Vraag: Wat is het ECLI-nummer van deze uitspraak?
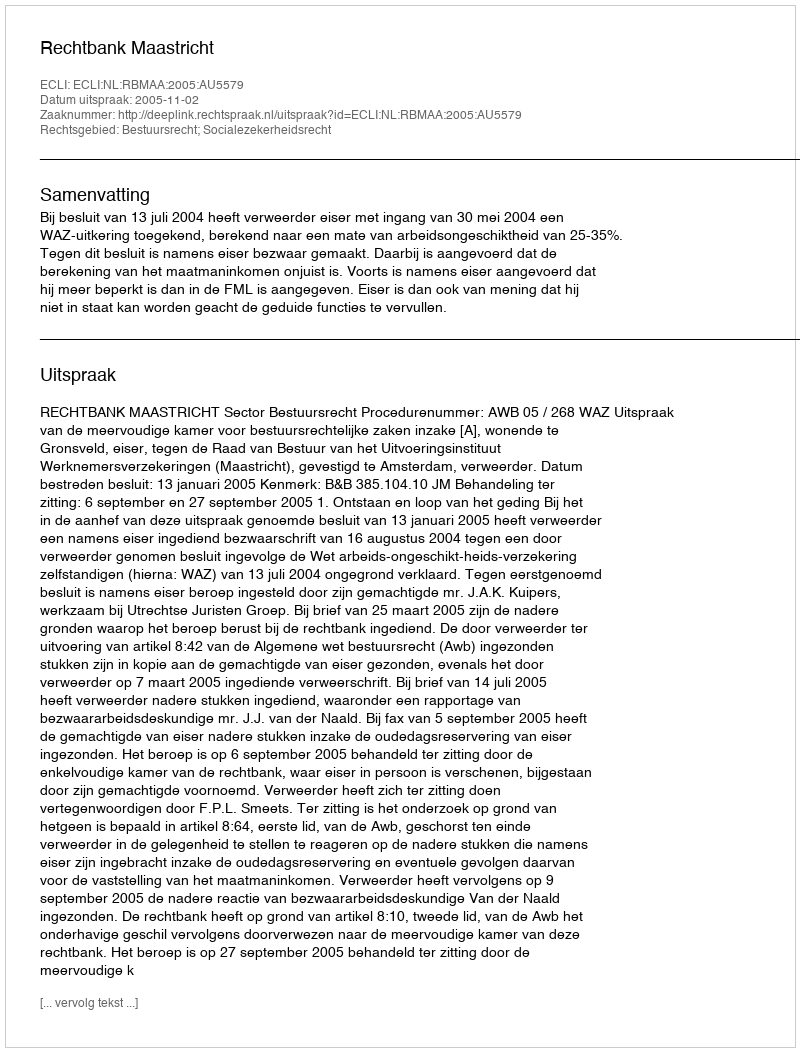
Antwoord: ECLI:NL:RBMAA:2005:AU5579